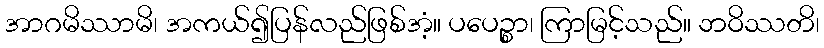
အာဂမိဿာမိ၊ အကယ်၍ပြန်လည်ဖြစ်အံ့။ ပပေဉ္စာ၊ ကြာမြင့်သည်။ ဘဝိဿတိ၊